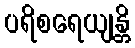
ပရိစရေယျန္တိ